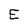
Character: E